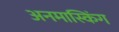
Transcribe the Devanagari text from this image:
अनमास्किंग